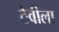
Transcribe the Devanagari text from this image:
ठेवीला